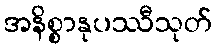
အနိစ္စာနုပဿီသုတ်